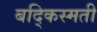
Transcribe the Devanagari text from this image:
बद्किस्मती